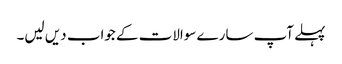
پہلے آپ سارے سوالات کے جواب دیں لیں۔